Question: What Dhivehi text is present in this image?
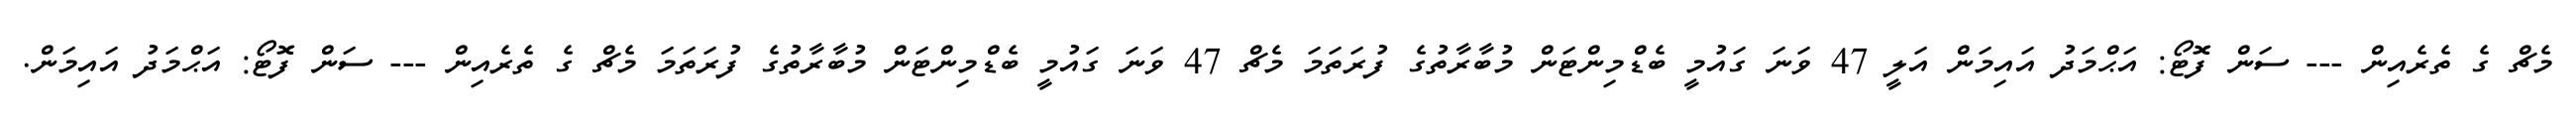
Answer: މެޗް ގެ ތެރެއިން --- ސަން ފޮޓޯ: އަޙްމަދު އައިމަން އަލީ 47 ވަނަ ގައުމީ ބެޑްމިންޓަން މުބާރާތުގެ ފުރަތަމަ މެޗް 47 ވަނަ ގައުމީ ބެޑްމިންޓަން މުބާރާތުގެ ފުރަތަމަ މެޗް ގެ ތެރެއިން --- ސަން ފޮޓޯ: އަޙްމަދު އައިމަން.